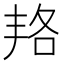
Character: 𠲱